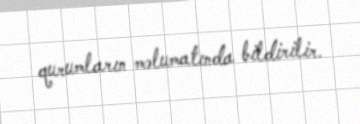
qurumların məlumatında bildirilir.